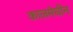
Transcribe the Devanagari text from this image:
कालमेघीन